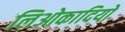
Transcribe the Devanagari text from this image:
लिओकादियो